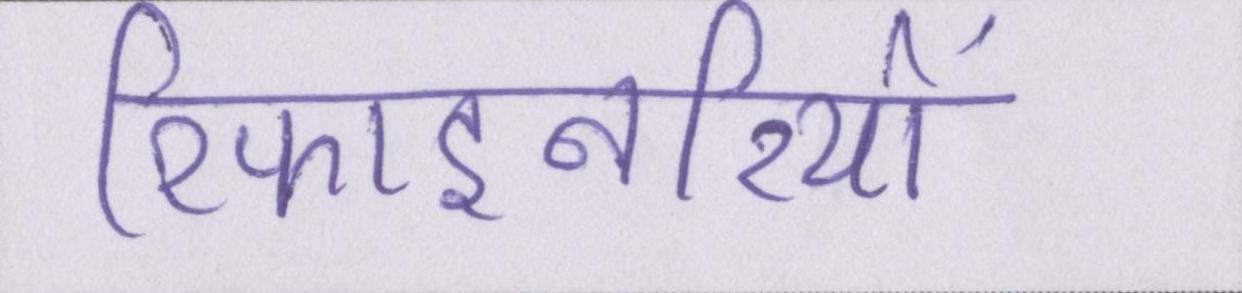
रिफाइनरियों